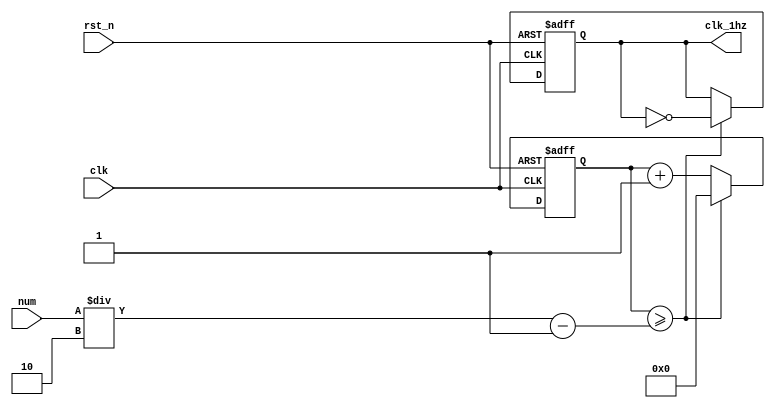
// Numerical Controlled Oscillator
module     nco(           clk_1hz,
                          num,
                          clk,
                          rst_n);
                          
output                    clk_1hz             ; // 1Hz CLK

input   	 [31:0]          num                 ;
input                     clk                 ; // 50Mhz CLK
input                     rst_n               ;

reg       [31:0]          cnt                 ;
reg                       clk_1hz ;

always @(posedge clk or negedge rst_n) begin
           if(rst_n == 1'b0) begin
                     cnt <= 32'd0 ;
                     clk_1hz <= 1'd0;
           end else begin
                     if(cnt >= num/2-1) begin
                  	           cnt <= 32'd0 ;
                              clk_1hz <= ~clk_1hz;
                     end else begin
                  	           cnt <= cnt + 1'b1;
                     end
           end
end

endmodule